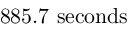
8 8 5 . 7 \ \mathrm { s e c o n d s }